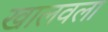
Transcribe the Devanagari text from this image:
खालवला